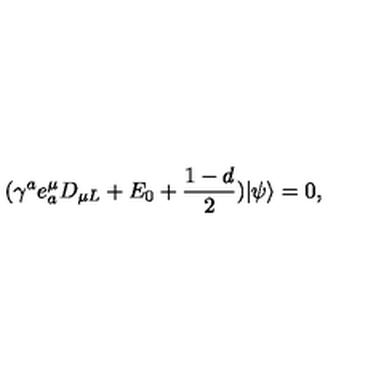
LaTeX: ( \gamma ^ { a } e _ { a } ^ { \mu } D _ { \mu L } + E _ { 0 } + \frac { 1 - d } { 2 } ) | \psi \rangle = 0 ,